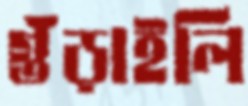
গুঁড়াইলি